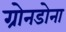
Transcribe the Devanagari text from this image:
ग्रोनडोना